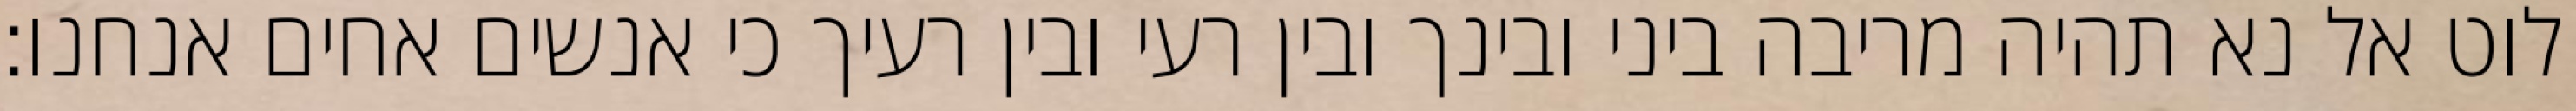
לוט אל נא תהיה מריבה ביני ובינך ובין רעי ובין רעיך כי אנשים אחים אנחנו׃